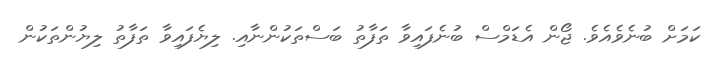
ކަމަށް ބުނެވެއެވެ. ޖޯން އެޑަމްސް ބުނެފައިވާ ތަފާތު ބަސްތަކުންނާއި. ލިޔެފައިވާ ތަފާތު ލިޔުންތަކުން